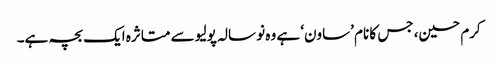
کرم حسین، جس کا نام ’ساون‘ ہے وہ نو سالہ پولیو سے متاثرہ ایک بچہ ہے۔